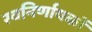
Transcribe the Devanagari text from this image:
स्वनिर्णायकों